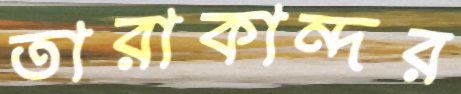
তারাকান্দর